Civil Veterinary Department. Madras. Admin. report 1926-33 - 1926-1933
Year: 1926
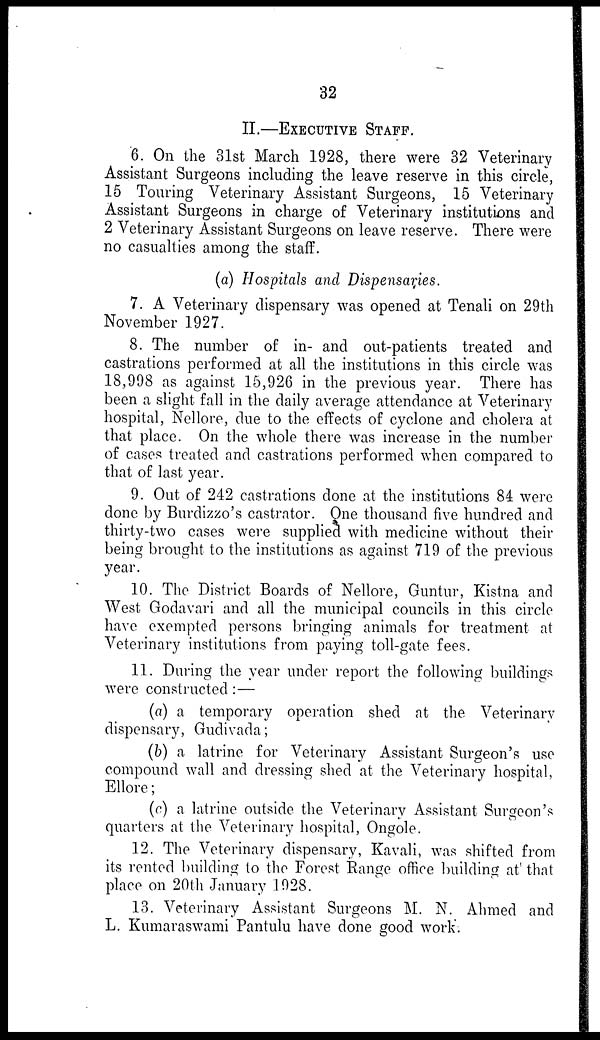
32
II.—EXECUTIVE STAFF.
6. On the 31st March 1928, there were 32 Veterinary
Assistant Surgeons including the leave reserve in this circle,
15 Touring Veterinary Assistant Surgeons, 15 Veterinary
Assistant Surgeons in charge of Veterinary institutions and
2 Veterinary Assistant Surgeons on leave reserve. There were
no casualties among the staff.
(a) Hospitals and Dispensaries.
7. A Veterinary dispensary was opened at Tenali on 29th
November 1927.
8. The number of in- and out-patients treated and
castrations performed at all the institutions in this circle was
18,998 as against 15,926 in the previous year. There has
been a slight fall in the daily average attendance at Veterinary
hospital, Nellore, due to the effects of cyclone and cholera at
that place. On the whole there was increase in the number
of cases treated and castrations performed when compared to
that of last year.
9. Out of 242 castrations done at the institutions 84 were
done by Burdizzo's castrator. One thousand five hundred and
thirty-two cases were supplied with medicine without their
being brought to the institutions as against 719 of the previous
year.
10. The District Boards of Nellore, Guntur, Kistna and
West Godavari and all the municipal councils in this circle
have exempted persons bringing animals for treatment at
Veterinary institutions from paying toll-gate fees.
11. During the year under report the following buildings
were constructed:—
(a) a temporary operation shed at the Veterinary
dispensary, Gudivada;
(b) a latrine for Veterinary Assistant Surgeon's use
compound wall and dressing shed at the Veterinary hospital,
Ellore;
(c) a latrine outside the Veterinary Assistant Surgeon's
quarters at the Veterinary hospital, Ongole.
12. The Veterinary dispensary, Kavali, was shifted from
its rented building to the Forest Range office building at that
place on 20th January 1928.
13. Veterinary Assistant Surgeons M. N. Ahmed and
L. Kumaraswami Pantulu have done good work.